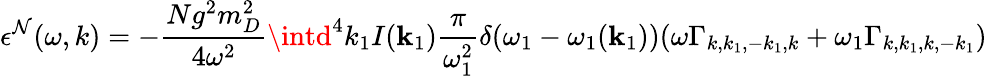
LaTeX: \epsilon^{\mathcal{N}}(\omega,k)=-{\frac{{Ng^{2}m_{D}^{2}}}{{4\omega^{2}}}}\intd^{4}k_{1}I({\mathbf{k}_{1}}){\frac{{\pi}}{{\omega_{1}^{2}}}}\delta(\omega_{1}-\omega_{1}({\mathbf{k}_{1}}))(\omega\Gamma_{k,k_{1},-k_{1},k}+\omega_{1}\Gamma_{k,k_{1},k,-k_{1}})